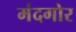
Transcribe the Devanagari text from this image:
मंदगोर